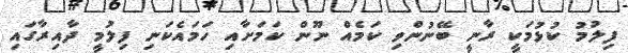
ފިލުމު ކުޅުމަކީ ރާނީ ބޭނުންވި ކަމެއް ނޫން ކަމަށާއި ހަމައެކަނި ފިލުމީ ދާއިރާގައި